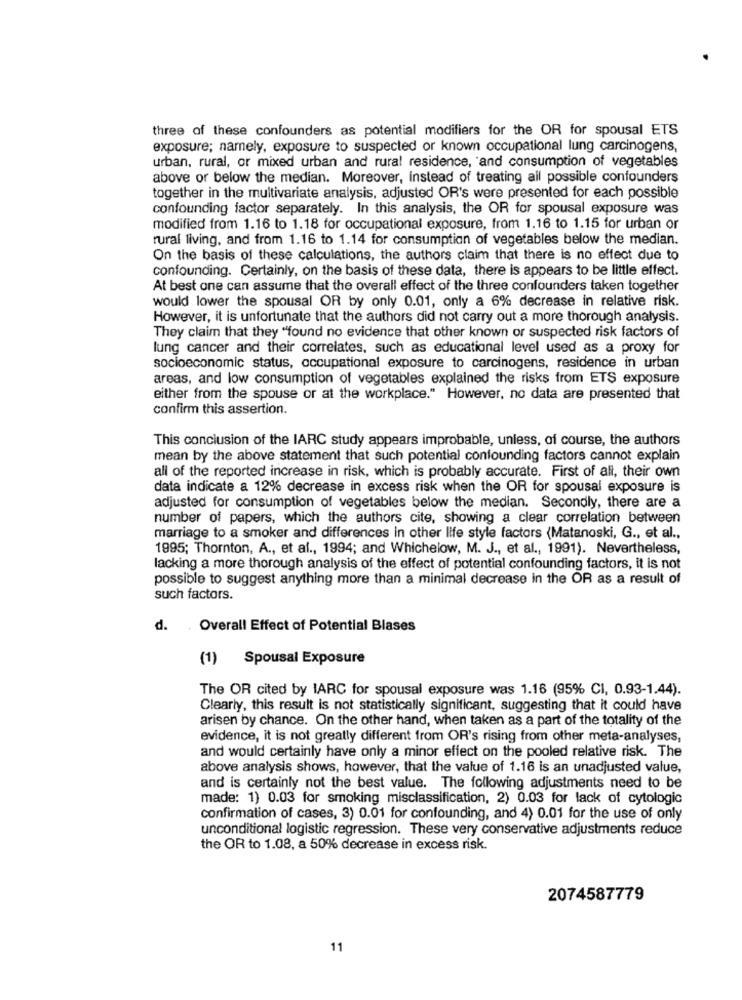
three of these confounders as potential modifiers for the OR for spousal ETS
exposure; namely, exposure to suspected or known occupational lung carcinogens,
urban, rural, or mixed urban and rural residence, and consumption of vegetables
above or below the median. Moreover, Instead of treating ail possible confounders
together in the multivariate analysis, adjusted OR's were presented for each possible
confounding factor separately. In this analysis, the OR for spousal exposure was
modified from 1.16 to 1.18 for occupational exposure, from 1.16 to 1.15 for urban or
rural living, and from 1.16 to 1.14 for consumption of vegetables below the median.
On the basis of these calculations, the authors claim that there is no effect due to
confounding. Certainly, on the basis of these data, there is appears to be little effect.
At best one can assume that the overall effect of the three confounders taken together
would lower the spousal OR by only 0.01, only a 6% decrease in relative risk.
However, it is unfortunate that the authors did not carry out a more thorough analysis.
They claim that they "found no evidence that other known or suspected risk factors of
lung cancer and their correlates, such as educational level used as a proxy for
socioeconomic status, occupational exposure to carcinogens, residence in urban
areas, and low consumption of vegetables explained the risks from ETS exposure
either from the spouse or at the workplace." However, no data are presented that
confirm this assertion.
This conclusion of the IARC study appears improbable, unless, of course, the authors
mean by the above statement that such potential confounding factors cannot explain
all of the reported increase in risk, which is probably accurate. First of all, their own
data indicate a 12% decrease in excess risk when the OR for spousal exposure is
adjusted for consumption of vegetables below the median. Secondly, there are a
number of papers, which the authors cite, showing a clear correlation between
marriage to a smoker and differences in other life style factors (Matanoski, G ., et al .,
1995; Thornton, A ., et al ., 1994; and Whichelow, M. J ., et al ., 1991). Nevertheless,
lacking a more thorough analysis of the effect of potential confounding factors, it is not
possible to suggest anything more than a minimal decrease in the OR as a result of
such factors.
d.
Overall Effect of Potential Blases
(1) Spousal Exposure
The OR cited by IARC for spousal exposure was 1.16 (95% CI, 0.93-1.44).
Clearly, this result is not statistically significant, suggesting that it could have
arisen by chance. On the other hand, when taken as a part of the totality of the
evidence, it is not greatly different from OR's rising from other meta-analyses,
and would certainly have only a minor effect on the pooled relative risk. The
above analysis shows, however, that the value of 1.16 is an unadjusted value,
and is certainly not the best value. The following adjustments need to be
made: 1) 0.03 for smoking misclassification, 2) 0.03 for lack of cytologic
confirmation of cases, 3) 0.01 for confounding, and 4) 0.01 for the use of only
unconditional logistic regression. These very conservative adjustments reduce
the OR to 1.08, a 50% decrease in excess risk.
2074587779
11